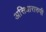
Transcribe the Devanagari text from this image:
असिधारारुपी